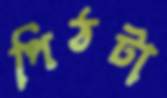
পিঠটা